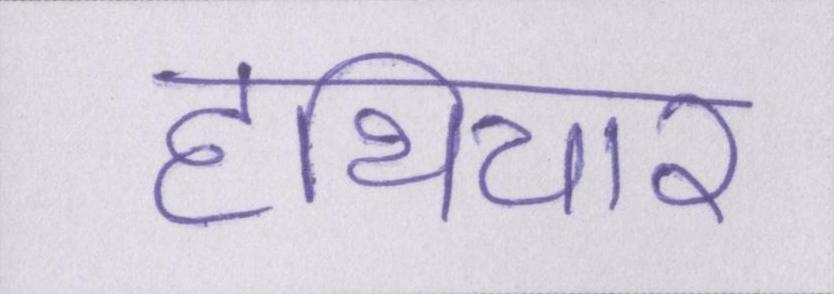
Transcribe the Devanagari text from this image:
हथियार